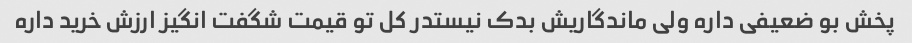
پخش بو ضعیفی داره ولی ماندگاریش بدک نیستدر کل تو قیمت شگفت انگیز ارزش خرید داره